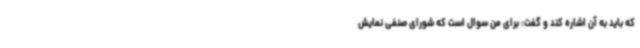
که باید به آن اشاره کند و گفت:‌ برای من سوال است که شورای صنفی نمایش